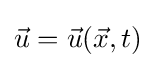
{\vec {u}}={\vec {u}}({\vec {x}},t)